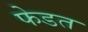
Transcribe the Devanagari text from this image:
फेडत